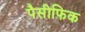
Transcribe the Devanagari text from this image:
पैसीफिक